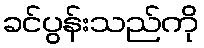
ခင်ပွန်းသည်ကို